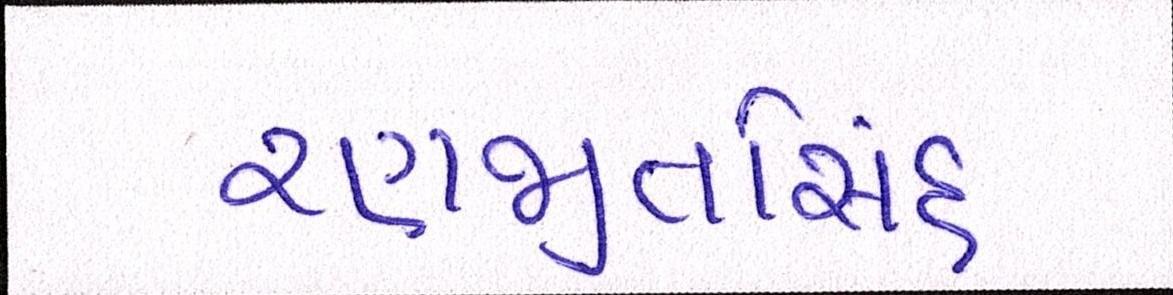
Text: રણજીતસિંહ